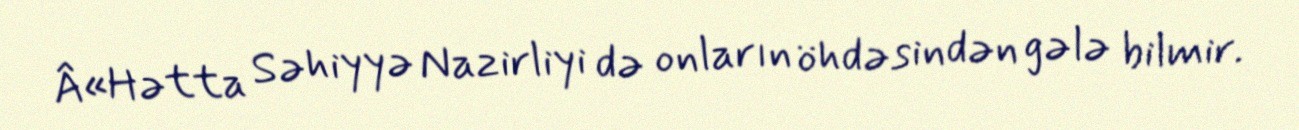
Â«Hətta Səhiyyə Nazirliyi də onların öhdəsindən gələ bilmir.